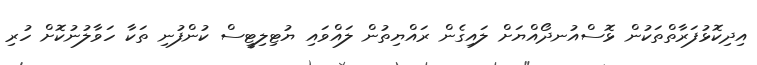
އިދިކޮޅުފަރާތްތަކުން ޅޮސްއުނދޯއްޔަށް ލައިގެން ރައްޔިތުން ލައްވައި ޔުޓިލިޓީސް ކުންފުނި ތަކާ ހަވާލުނުކޮށް ހުރި